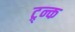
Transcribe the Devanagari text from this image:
ट्र्न्क